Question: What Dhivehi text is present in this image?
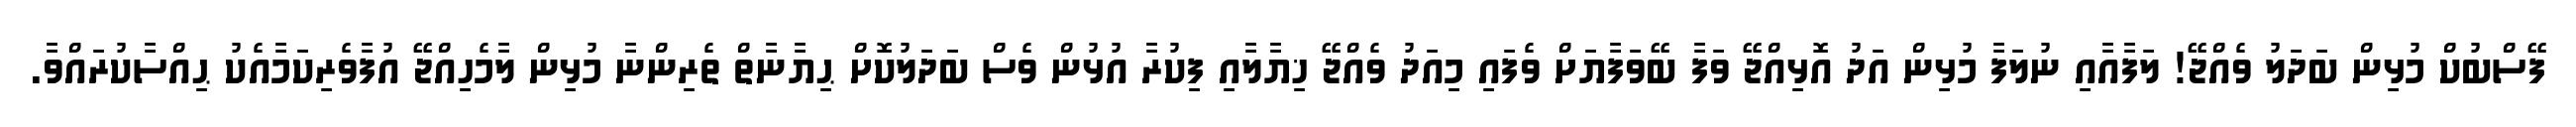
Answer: ފޭސްބުކް މުޅިން ބަދަލު ވެއްޖޭ! ލަފާއާއި ނުލަފާ މުޅިން އަދު އޮޅިއްޖޭ ވަފާ ބޭވަފާޔަށް ވެފައި މިއަދު ވެއްޖޭ ޚިޔާލާއި ފިކުރާ އުޅުން ވެސް ބަދަލުކޮށް ޙިޔާނާތް ތެރިންނާ މުޅިން ލާމެހިއްޖޭ އުފާވެރިކަމާއެކު ޙިއްސާކުރައްވާ.